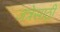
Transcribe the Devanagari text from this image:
जत्रेसाठी